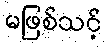
မဖြစ်သင့်